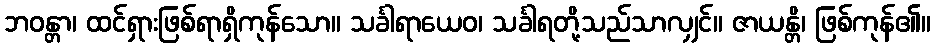
ဘဝန္တာ၊ ထင်ရှားဖြစ်ရာရှိကုန်သော။ သင်္ခါရာယေဝ၊ သင်္ခါရတို့သည်သာလျှင်။ ဇာယန္တိ၊ ဖြစ်ကုန်၏။